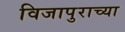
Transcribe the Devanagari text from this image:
विजापुराच्या